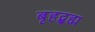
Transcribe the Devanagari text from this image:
बृहद्ब्रह्म